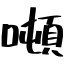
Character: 噸